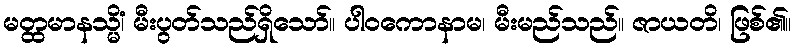
မတ္ထမာနသ္မိံ၊ မီးပွတ်သည်ရှိသော်။ ပါဝကောနာမ၊ မီးမည်သည်။ ဇာယတိ၊ ဖြစ်၏။